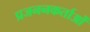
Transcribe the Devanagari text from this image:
प्रजननकर्ताओं